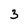
Character: 3